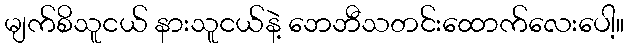
မျက်စိသူငယ် နားသူငယ်နဲ့ ဘေဘီသတင်းထောက်လေးပေါ့။